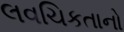
લવચિકતાનો